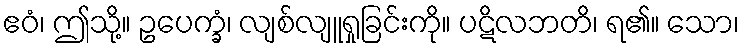
ဧဝံ၊ ဤသို့။ ဥပေက္ခံ၊ လျစ်လျူရှုခြင်းကို။ ပဋိလဘတိ၊ ရ၏။ သော၊